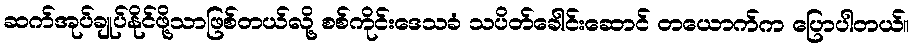
ဆက်အုပ်ချုပ်နိုင်ဖို့သာဖြစ်တယ်လို့ စစ်ကိုင်းဒေသခံ သပိတ်ခေါင်းဆောင် တယောက်က ပြောပါတယ်။